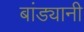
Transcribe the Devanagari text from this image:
बांड्यानी